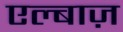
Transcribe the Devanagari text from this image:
एल्बाज़